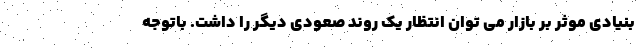
بنیادی موثر بر بازار می توان انتظار یک روند صعودی دیگر را داشت. باتوجه